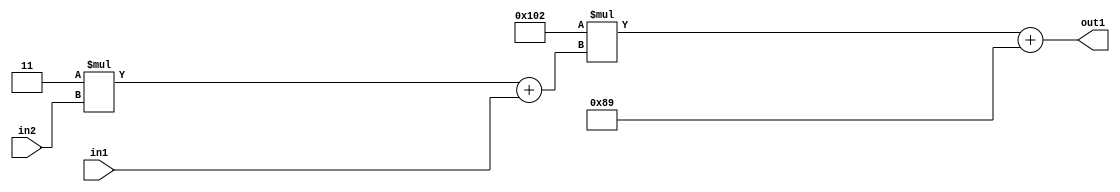
`timescale 1ps / 1ps
/*****************************************************************************
    Verilog RTL Description
    
    
    Created by: Stratus DpOpt 2019.1.01 
*******************************************************************************/

module DC_Filter_Add2i137Mul2i258Add2u1Mul2i3u2_4 (
	in2,
	in1,
	out1
	); /* architecture "behavioural" */ 
input [1:0] in2;
input  in1;
output [11:0] out1;
wire [11:0] asc001;
wire [3:0] asc002;

wire [3:0] asc002_tmp_0;
assign asc002_tmp_0 = 
	+(4'B0011 * in2);
assign asc002 = asc002_tmp_0
	+(in1);

wire [11:0] asc001_tmp_1;
assign asc001_tmp_1 = 
	+(12'B000100000010 * asc002);
assign asc001 = asc001_tmp_1
	+(12'B000010001001);

assign out1 = asc001;
endmodule

/* CADENCE  v7X2QgE= : u9/ySgnWtBlWxVPRXgAZ4Og= ** DO NOT EDIT THIS LINE ******/